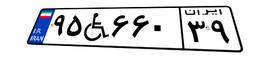
۹۵W۶۶۰۳۹